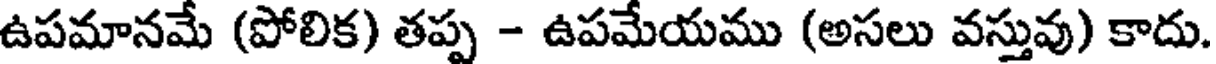
ఉపమానమే (పోలిక) తప్ప - ఉపమేయము (అసలు వస్తువు) కాదు